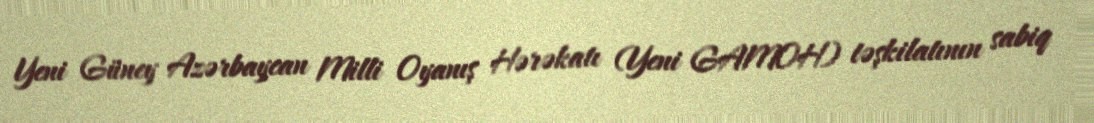
Yeni Güney Azərbaycan Milli Oyanış Hərəkatı (Yeni GAMOH) təşkilatının sabiq